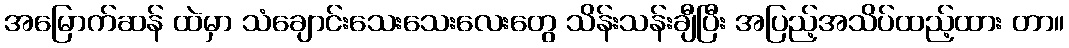
အမြောက်ဆန် ထဲမှာ သံချောင်းသေးသေးလေးတွေ သိန်းသန်းချီပြီး အပြည့်အသိပ်ထည့်ထား တာ။